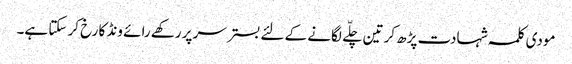
مودی کلمہ شہادت پڑھ کر تین چلّے لگانے کے لئے بستر سر پر رکھے رائے ونڈ کا رخ کر سکتا ہے۔